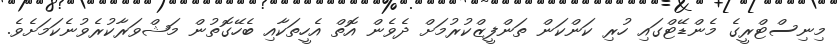
މިނިސްޓްރީގެ މެންޑޭޓްގައި ހުރި ކަންކަން ތަންފީޒްކުރުމަށް ދެވެން އޮތް އެހީތަކާއި ބެހޭގޮތުން މަޝްވަރާކުރެވުނެކަމަށެވެ.